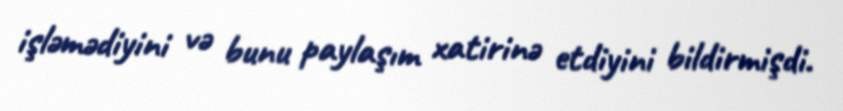
işləmədiyini və bunu paylaşım xatirinə etdiyini bildirmişdi.